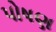
પોષણ